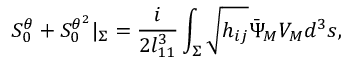
{ \cal S } _ { 0 } ^ { \theta } + { \cal S } _ { 0 } ^ { \theta ^ { 2 } } | _ { \Sigma } = { \frac { i } { 2 l _ { 1 1 } ^ { 3 } } } \int _ { \Sigma } \sqrt { h _ { i j } } { \bar { \Psi } } _ { M } V _ { M } d ^ { 3 } s ,